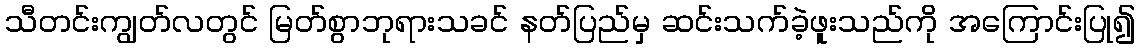
သီတင်းကျွတ်လတွင် မြတ်စွာဘုရားသခင် နတ်ပြည်မှ ဆင်းသက်ခဲ့ဖူးသည်ကို အကြောင်းပြု၍